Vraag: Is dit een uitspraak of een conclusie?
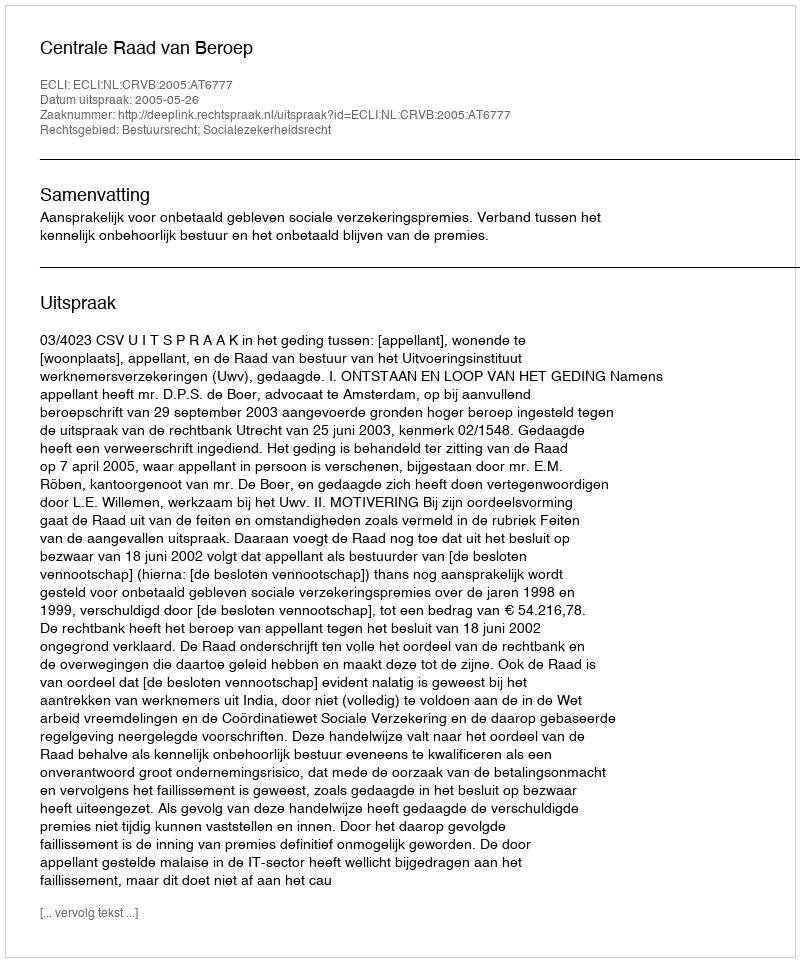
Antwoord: Uitspraak